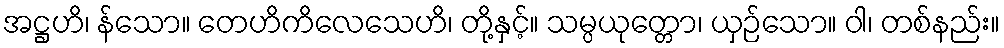
အဋ္ဌဟိ၊ န်သော။ တေဟိကိလေသေဟိ၊ တို့နှင့်။ သမ္ပယုတ္တော၊ ယှဉ်သော။ ဝါ၊ တစ်နည်း။